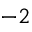
^ { - 2 }